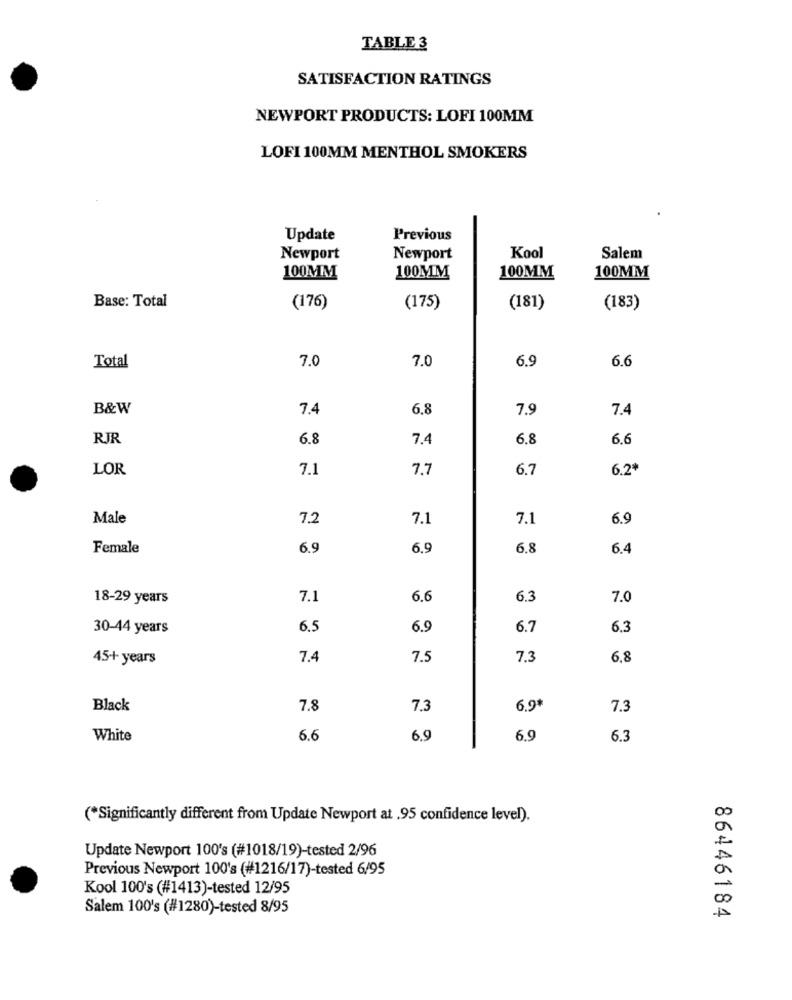
TABLE 3
SATISFACTION RATINGS
NEWPORT PRODUCTS: LOFI 100MM
LOFI 100MM MENTHOL SMOKERS
Update
Previous
Newport
Newport
Kool
Salem
100MM
100MM
100MM
100MM
Base: Total
(176)
(175)
(181)
(183)
7.0
7.0
6.9
6.6
Total
B&W
7.4
6.8
7.9
7.4
RJR
6.8
7.4
6.8
6.6
LOR
7.1
7.7
6.7
6.2
Male
7,2
7.1
7.1
6.9
Female
6.9
6.9
6.8
6.4
18-29 years
7.1
6.6
6.3
7.0
30-44 years
6.5
6.9
6.7
6.3
45+ years
7.4
7.5
7.3
6.8
Black
7.8
7,3
6.9*
7.3
White
6.6
6.9
6.9
6.3
(*Significantly different from Update Newport at .95 confidence level).
Update Newport 100's (#1018/19)-tested 2/96
Previous Newport 100's (#1216/17)-tested 6/95
Kool 100's (#1413)-tested 12/95
Salem 100's (#1280)-tested 8/95
86446184